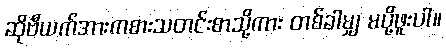
ဆိုဗီယက်အားကစားသတင်းစာသို့ကား တစ်ခါမျှ မပို့ဖူးပါ။